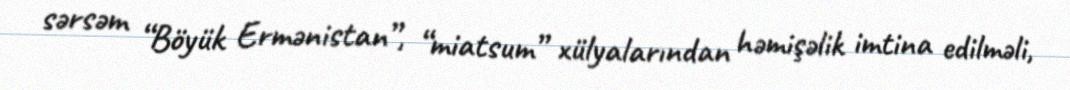
sərsəm “Böyük Ermənistan”, “miatsum” xülyalarından həmişəlik imtina edilməli,